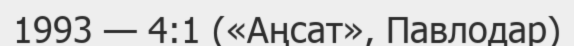
1993 — 4:1 («Аңсат», Павлодар)